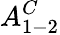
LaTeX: A_{1-2}^{C}